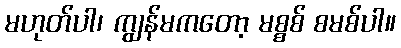
မဟုတ်ပါ၊ ကျွန်မကတော့ မစ္စစ် စမစ်ပါ။